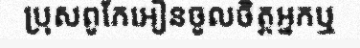
ប្រុសពូកែអៀនចូលចិត្តអ្នកឬ